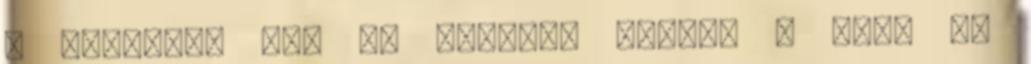
- Találtam ezt az érdekes videót . Csak tű